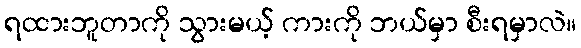
ရထားဘူတာကို သွားမယ့် ကားကို ဘယ်မှာ စီးရမှာလဲ။